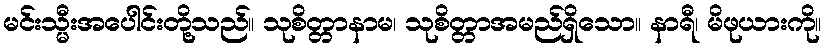
မင်းသ္မီးအပေါင်းတို့သည်။ သုစိတ္တာနာမ၊ သုစိတ္တာအမည်ရှိသော။ နာရီ၊ မိဖုယားကို။